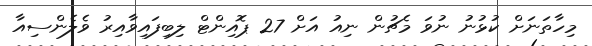
މިހާތަނަށް ކުޅުނު ނުވަ މެޗުން ނިއު އަށް 27 ޕޮއިންޓް ލިބިފައިވާއިރު ވެލެންސިއާ